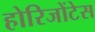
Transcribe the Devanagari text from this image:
होरिजोंटेस